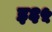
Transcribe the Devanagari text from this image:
इ६५